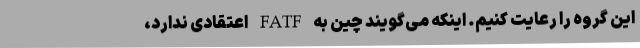
این گروه را رعایت کنیم. اینکه می‌گویند چین به FATF اعتقادی ندارد،